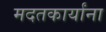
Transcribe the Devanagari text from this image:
मदतकार्यांना